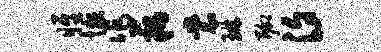
雎懒作藕裳琳聊汐